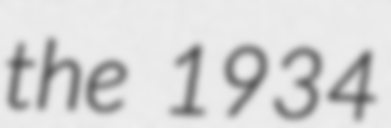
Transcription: the 1934